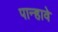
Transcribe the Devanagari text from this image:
पान्हावे